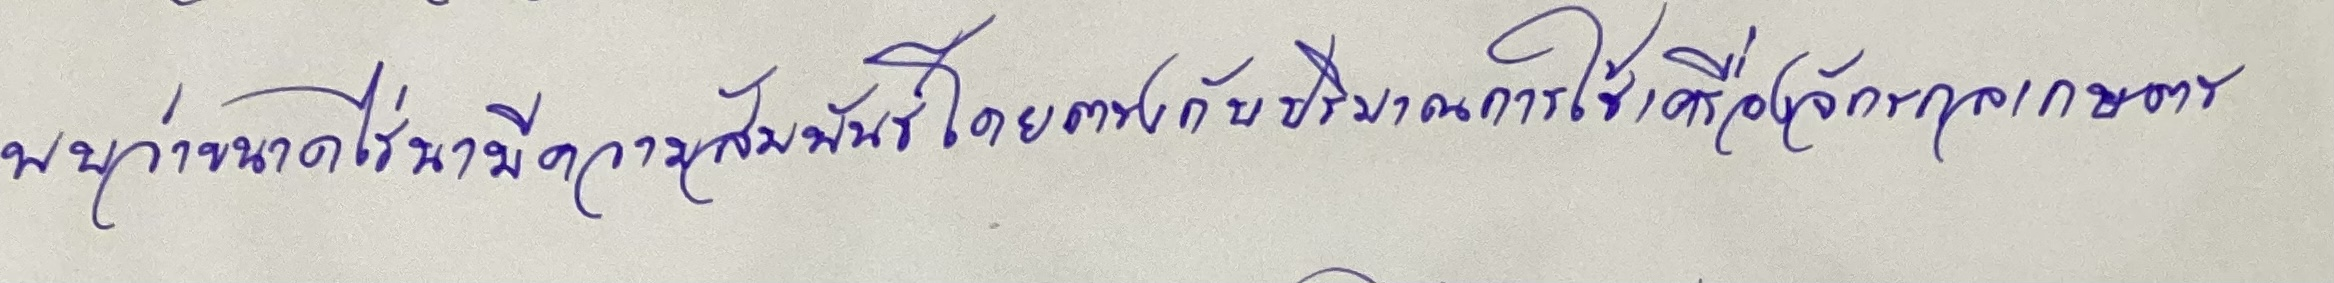
พบว่าขนาดไร่นามีความสัมพันธ์โดยตรงกับปริมาณการใช้เครื่องจักรกลเกษตร